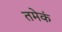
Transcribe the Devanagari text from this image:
तमेकं